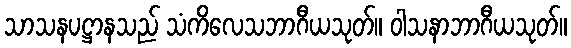
သာသနပဋ္ဌာနသည် သံကိလေသဘာဂီယသုတ်။ ဝါသနာဘာဂီယသုတ်။